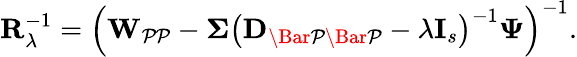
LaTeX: \mathbf{R}_{\lambda}^{-1}=\left(\mathbf{W}_{\mathcal{PP}}-\mathbf{\Sigma}\left(\mathbf{D}_{\mathcal{\Bar{P}\Bar{P}}}-\lambda\mathbf{I}_{s}\right)^{-1}\mathbf{\Psi}\right)^{-1}.